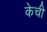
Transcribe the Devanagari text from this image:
केची